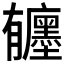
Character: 𪱰